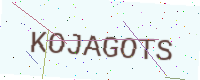
Text: KOJAGOTS